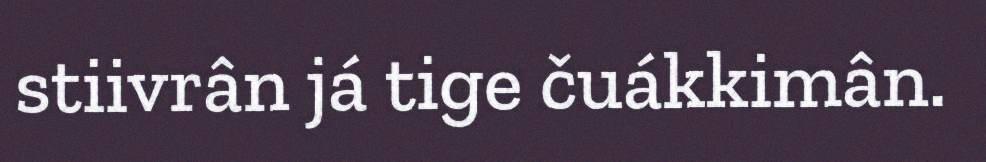
stiivrân já tige čuákkimân.